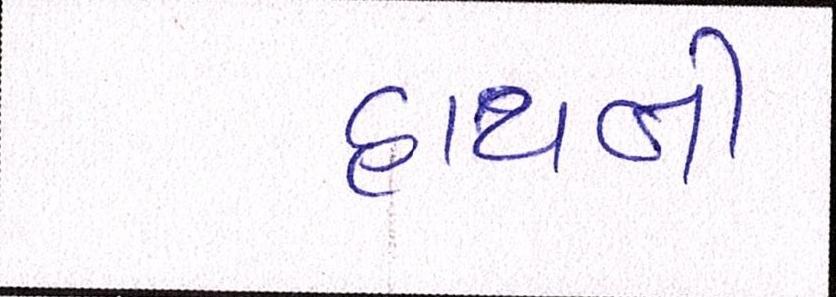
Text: હાથની